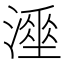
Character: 𰝇